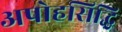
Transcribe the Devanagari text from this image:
अपोहसिद्धि